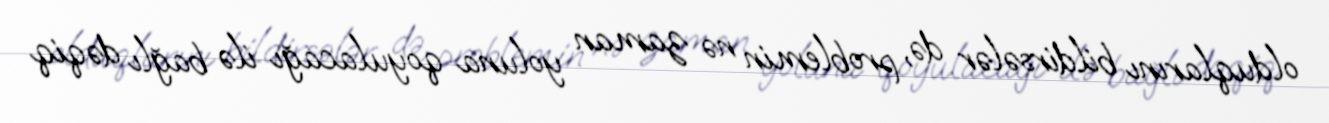
olduqlarını bildirsələr də, problemin nə zaman yoluna qoyulacağı ilə bağlı dəqiq